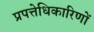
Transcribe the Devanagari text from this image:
प्रपत्तेधिकारिणों